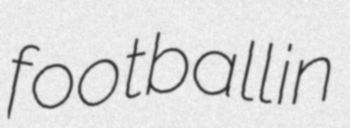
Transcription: football in